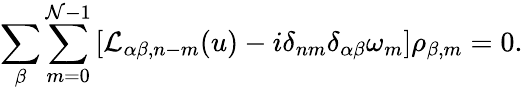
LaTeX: \sum_{\beta}\sum_{m=0}^{\mathcal{N}-1}\left[\mathcal{{L}}_{\alpha\beta,n-m}(u)-i\delta_{nm}\delta_{\alpha\beta}\omega_{m}\right]\rho_{\beta,m}=0.